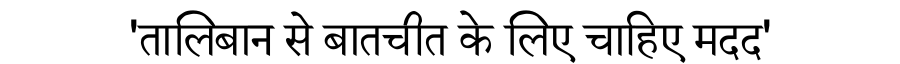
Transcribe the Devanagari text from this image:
'तालिबान से बातचीत के लिए चाहिए मदद'